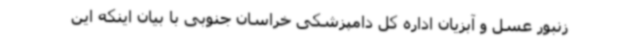
زنبور عسل و آبزیان اداره کل دامپزشکی خراسان جنوبی با بیان اینکه این